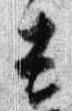
吉